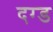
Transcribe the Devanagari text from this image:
दग्ड